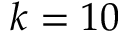
k = 1 0